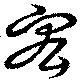
宏